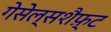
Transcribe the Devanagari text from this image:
गेसेल्सशैफ़्ट